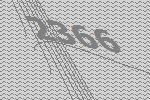
2366